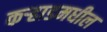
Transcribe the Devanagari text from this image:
कर्‍हाडमधील